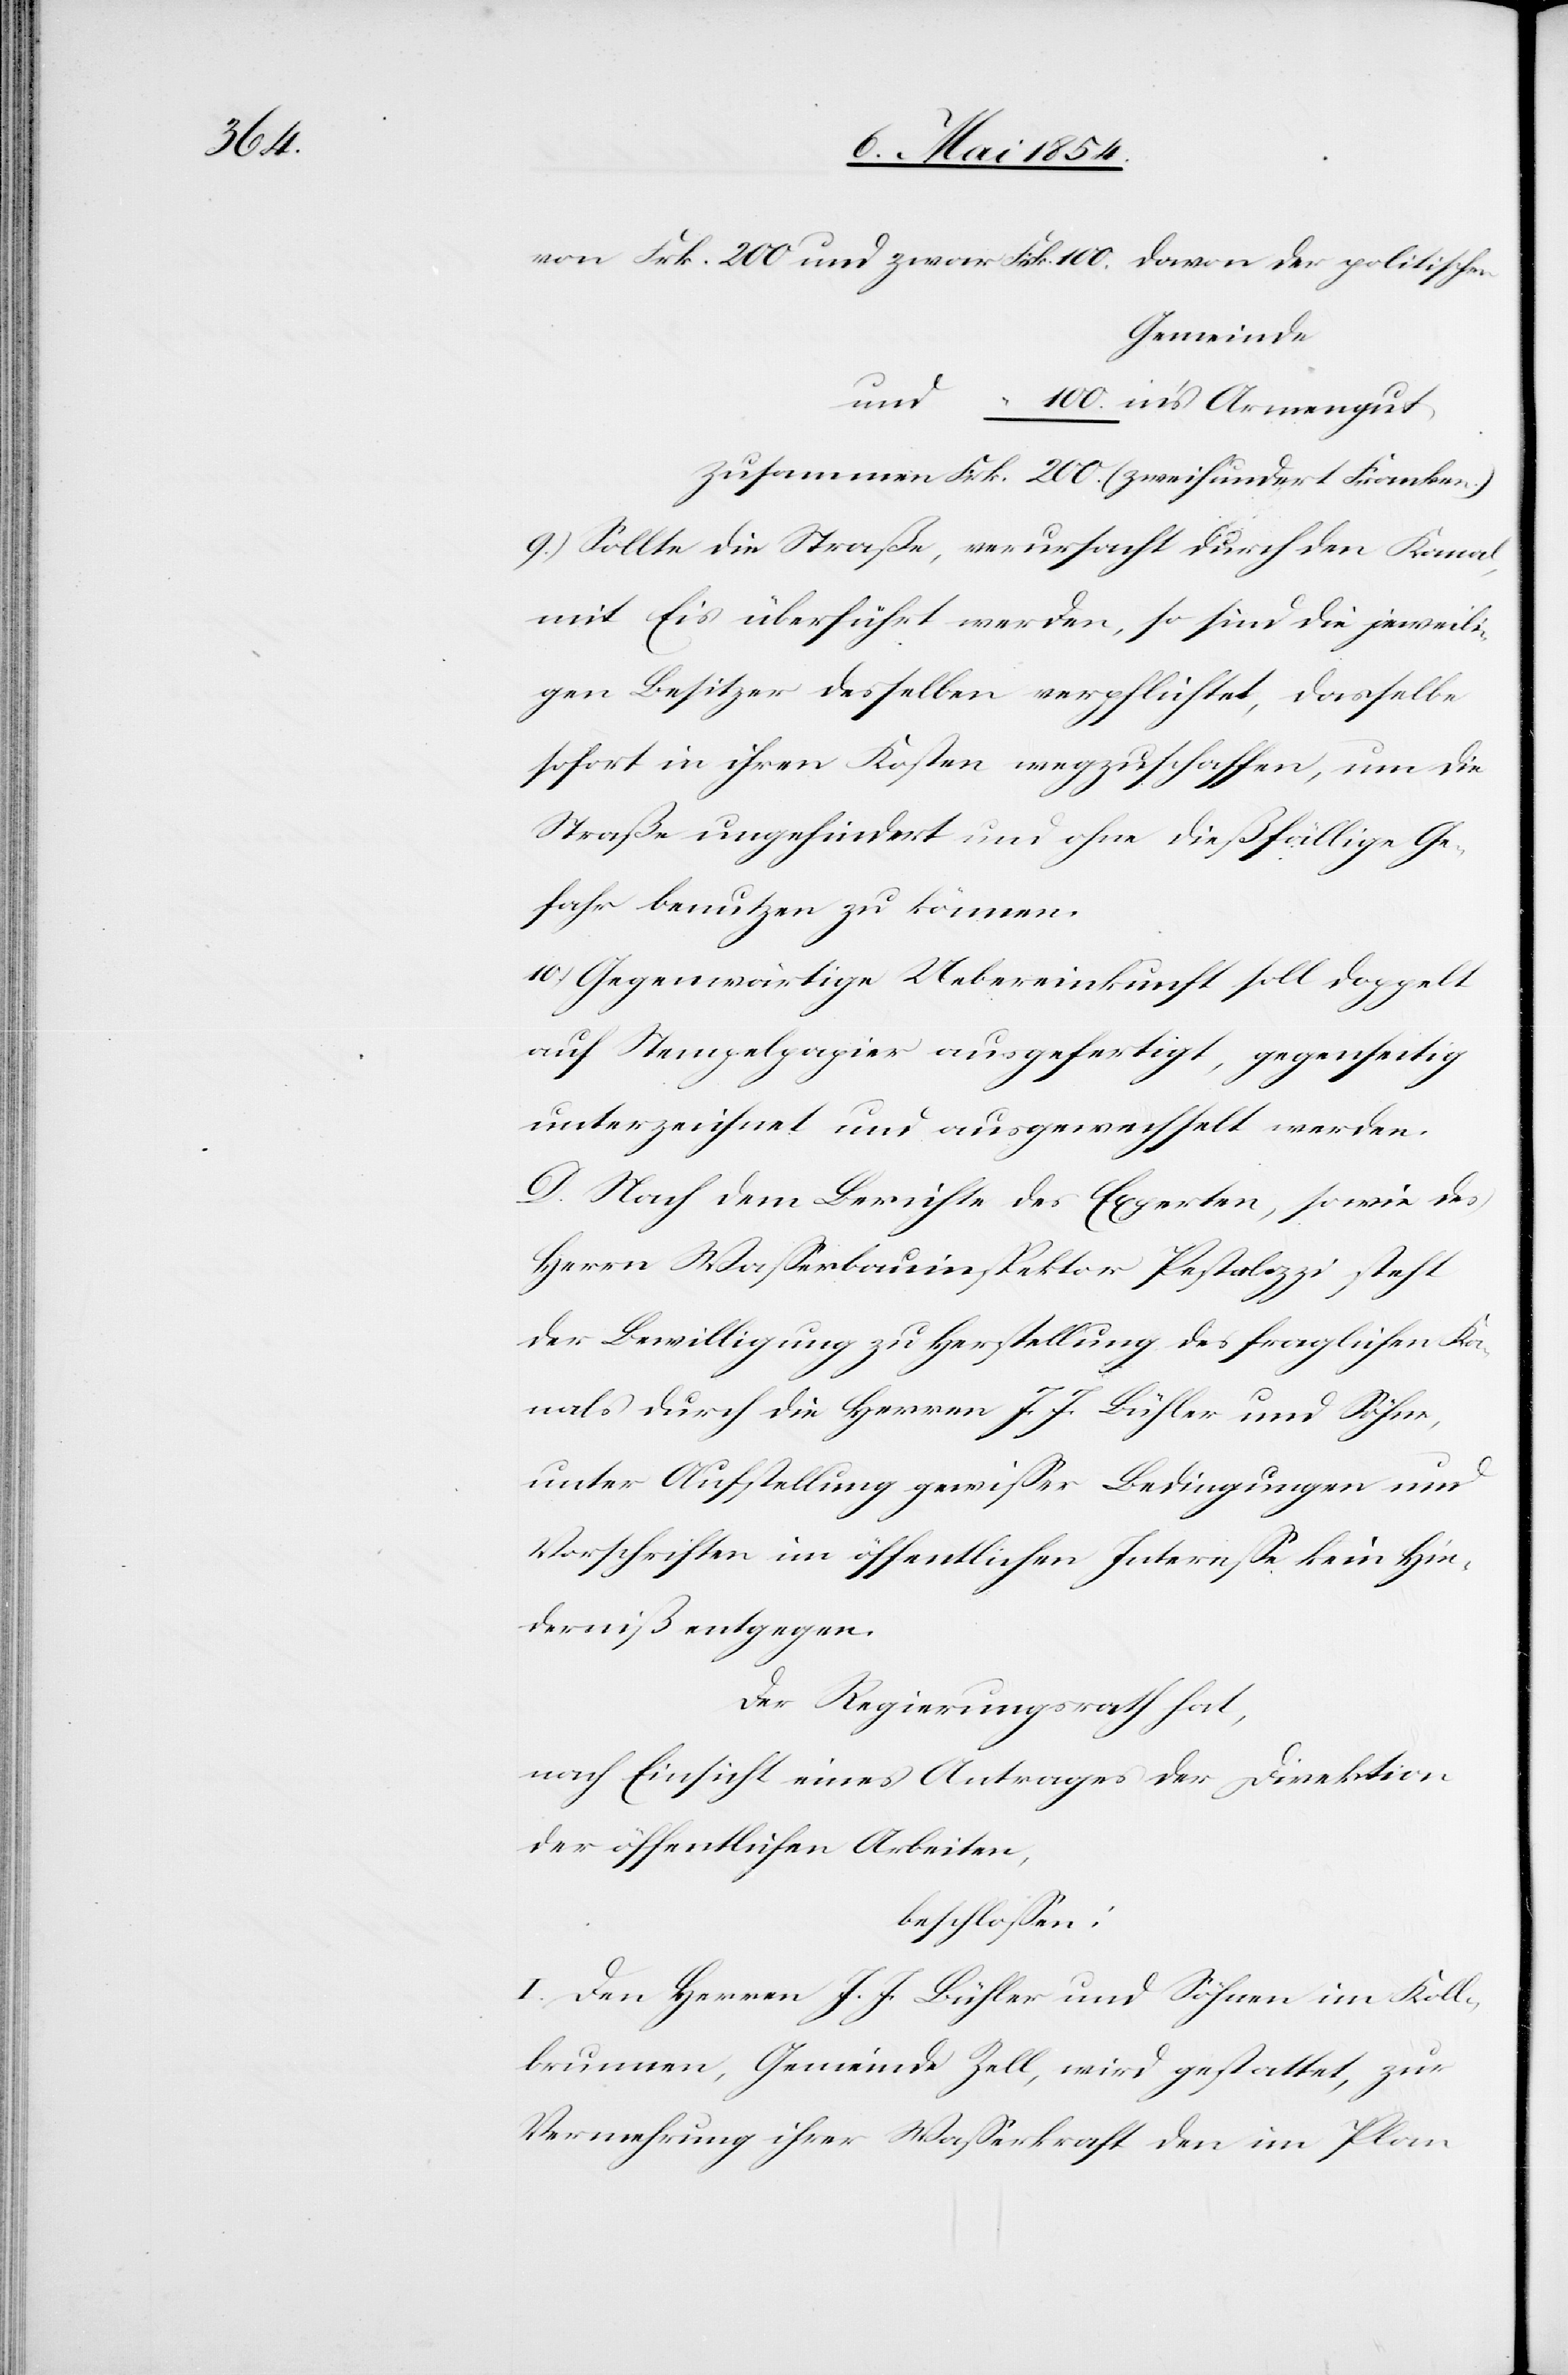
Frk.

Gemeinde
und
9.) Sollte die Straße, verursacht durch den Kanal,
mit Eis überführt werden, so sind die jeweili¬
gen Besitzer desselben verpflichtet, dasselbe
sofort in ihren Kosten wegzuschaffen, um die
Straße ungehindert und ohne dießfällige Ge¬
fahr benutzen zu können.
10.) Gegenwärtige Uebereinkunft soll doppelt
auf Stempelpapier ausgefertigt, gegenseitig
unterzeichnet und ausgewechselt werden.
D. Nach dem Berichte des Experten, sowie des
Herrn Waßerbauinspektor Pestalozzi steht
der Bewilligung zu Herstellung des fraglichen Ka¬
nals durch die Herren J. J. Bühler und Söhne,
unter Aufstellung gewißer Bedingungen und
Vorschriften im öffentlichen Intereße kein Hin¬
derniß entgegen.
Der Regierungsrath hat,
nach Einsicht eines Antrages der Direktion
der öffentlichen Arbeiten,
beschloßen:
I. Den Herren J. J. Bühler und Söhnen im Koll¬
brunnen, Gemeinde Zell, wird gestattet, zur
Vermehrung ihrer Waßerkraft den im Plan